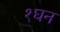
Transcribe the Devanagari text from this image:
१घन